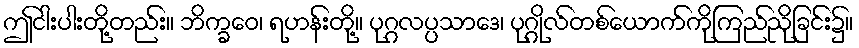
ဤငါးပါးတို့တည်း။ ဘိက္ခဝေ၊ ရဟန်းတို့။ ပုဂ္ဂလပ္ပသာဒေ၊ ပုဂ္ဂိုလ်တစ်ယောက်ကိုကြည်ညိုခြင်း၌။